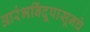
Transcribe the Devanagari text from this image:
आरंभबिंदूपासूनचे